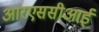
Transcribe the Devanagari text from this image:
आरएससीआई